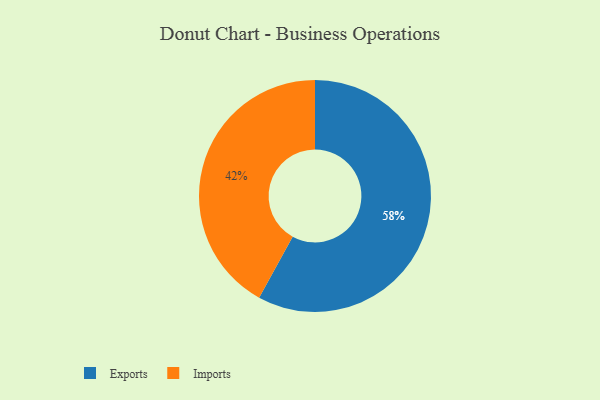
{"axis": {"x": "Category", "y": "Percentage"}, "legend": ["Exports", "Imports"], "data": [{"x": "Exports", "y": 58, "type": "Exports"}, {"x": "Imports", "y": 42, "type": "Imports"}]}